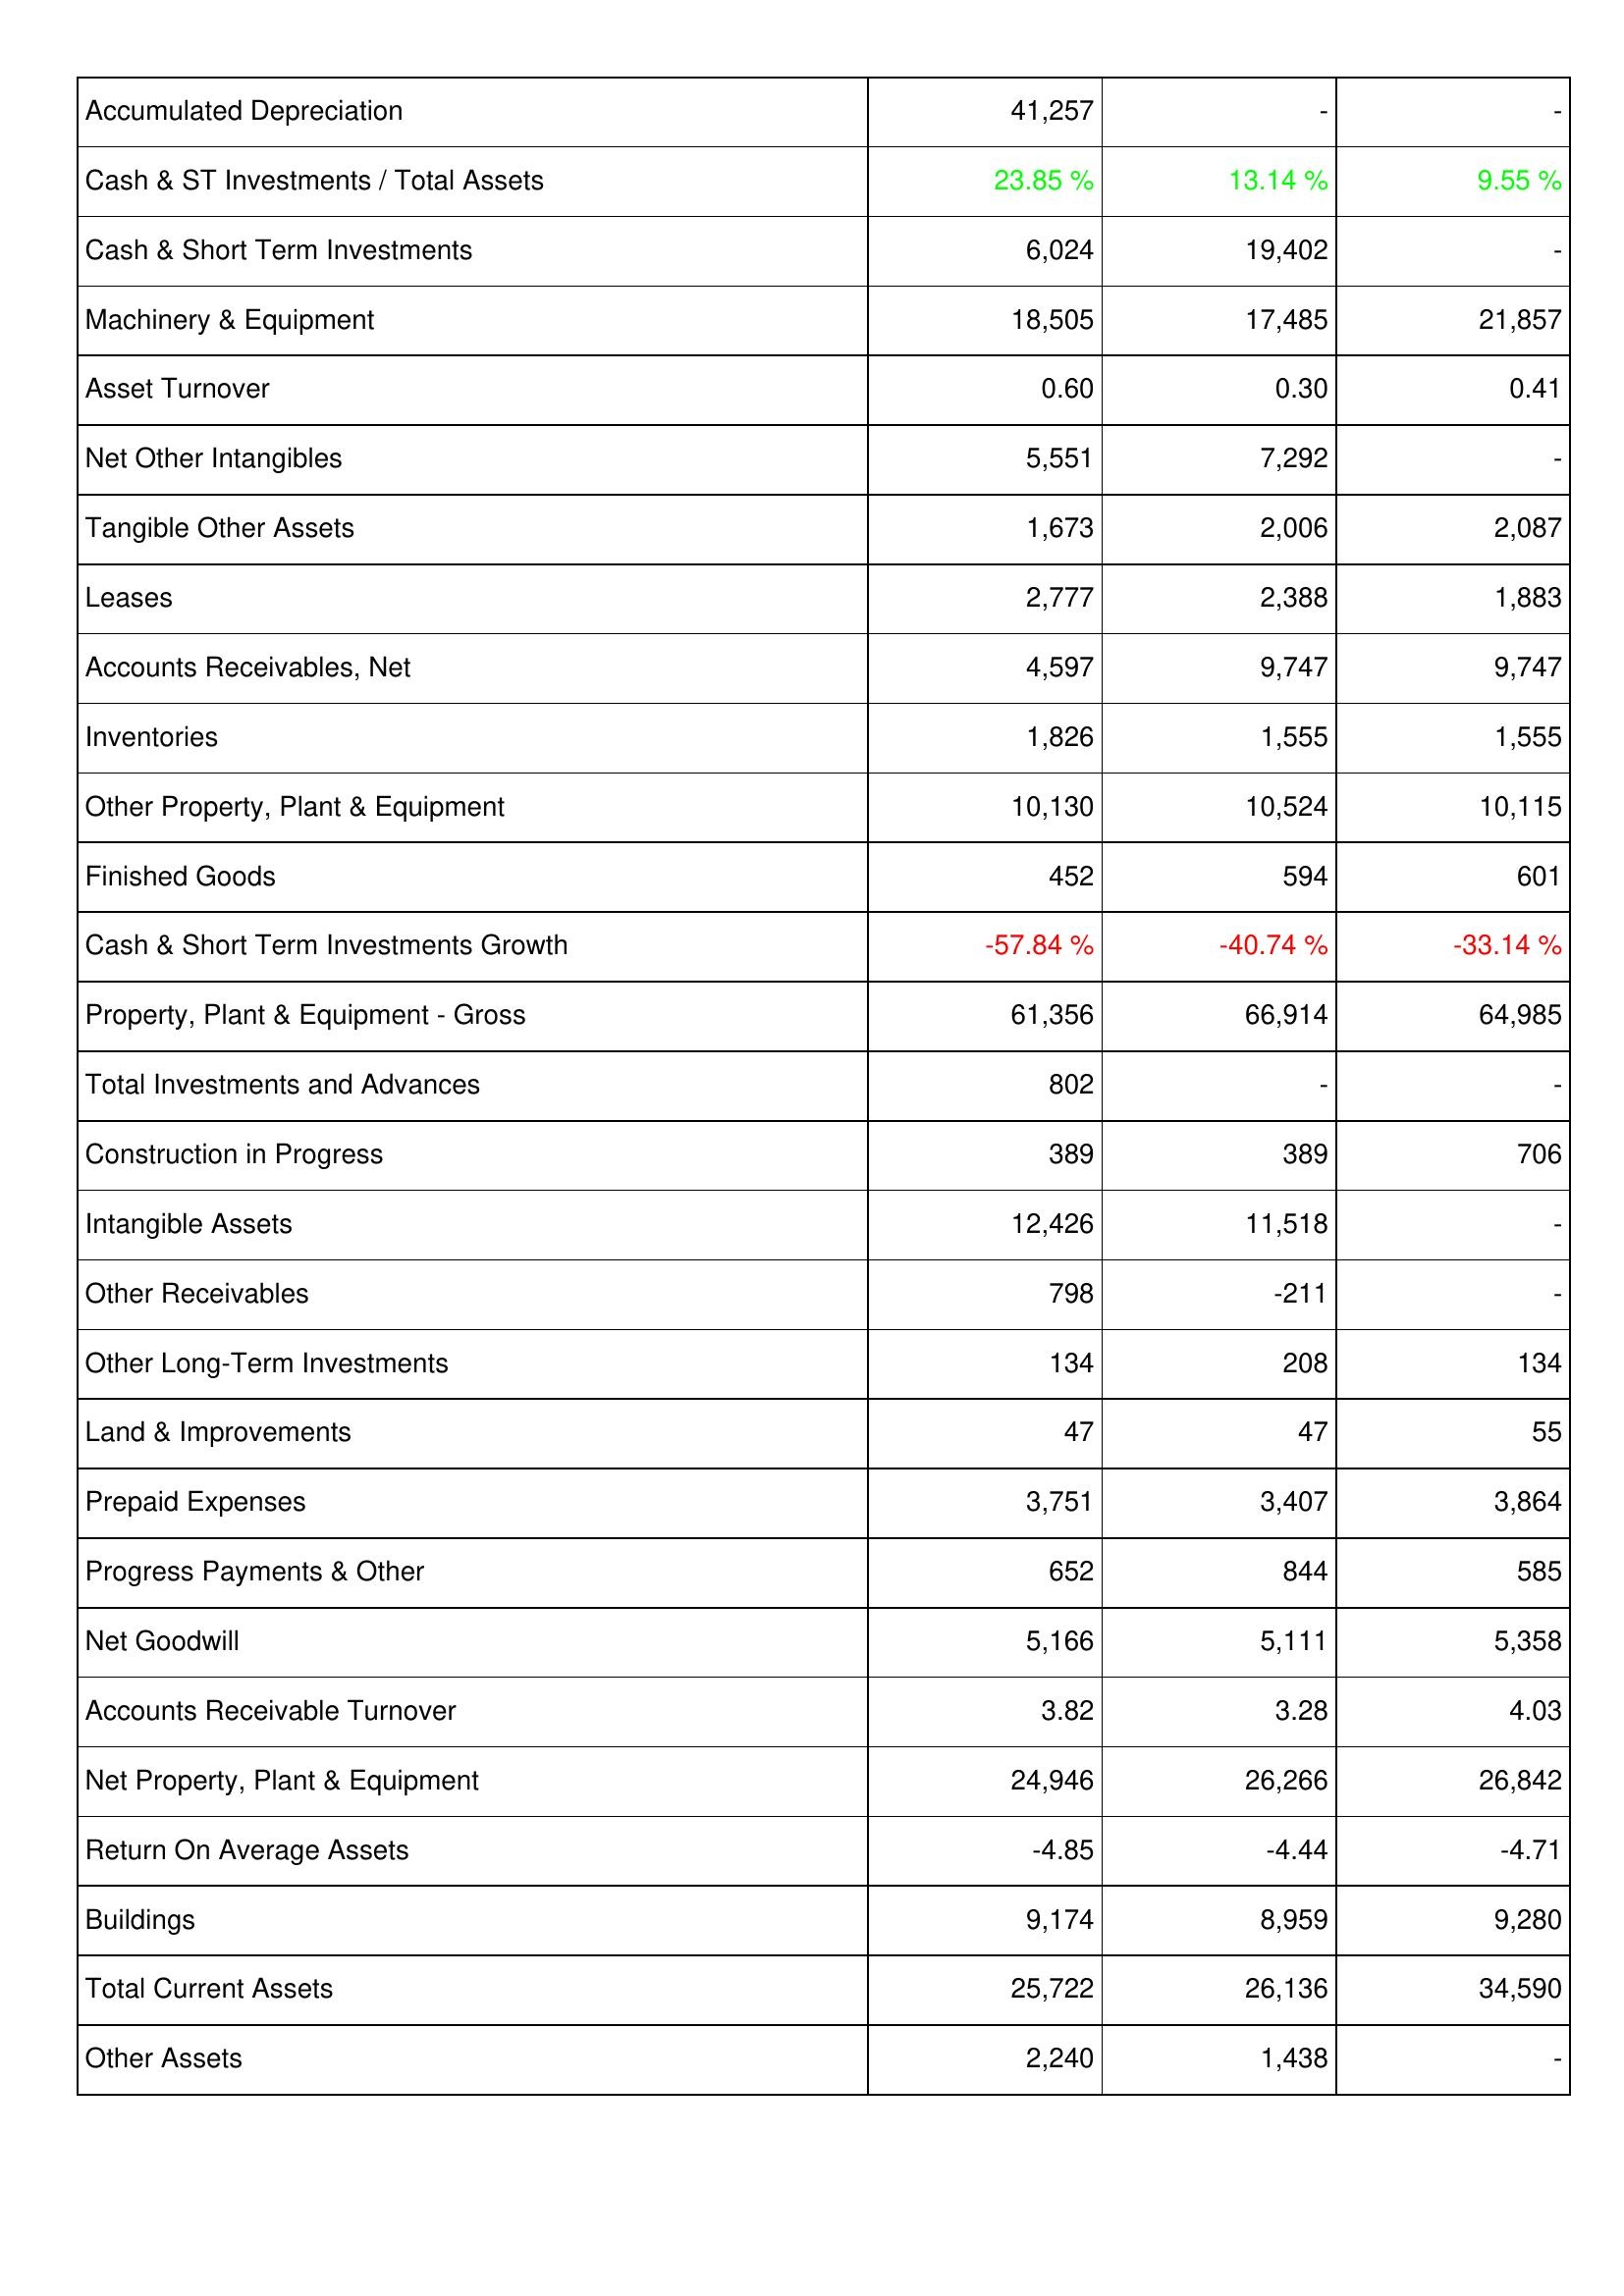
2022: Assets: Accumulated Depreciation: 41,257
Cash & ST Investments / Total Assets: 23.85 %
Cash & Short Term Investments: 6,024
Machinery & Equipment: 18,505
Asset Turnover: 0.60
Net Other Intangibles: 5,551
Tangible Other Assets: 1,673
Leases: 2,777
Accounts Receivables, Net: 4,597
Inventories: 1,826
Other Property, Plant & Equipment: 10,130
Finished Goods: 452
Cash & Short Term Investments Growth: -57.84 %
Property, Plant & Equipment - Gross: 61,356
Total Investments and Advances: 802
Construction in Progress: 389
Intangible Assets: 12,426
Other Receivables: 798
Other Long-Term Investments: 134
Land & Improvements: 47
Prepaid Expenses: 3,751
Progress Payments & Other: 652
Net Goodwill: 5,166
Accounts Receivable Turnover: 3.82
Net Property, Plant & Equipment: 24,946
Return On Average Assets: -4.85
Buildings: 9,174
Total Current Assets: 25,722
Other Assets: 2,240
2021: Assets: Accumulated Depreciation: -
Cash & ST Investments / Total Assets: 13.14 %
Cash & Short Term Investments: 19,402
Machinery & Equipment: 17,485
Asset Turnover: 0.30
Net Other Intangibles: 7,292
Tangible Other Assets: 2,006
Leases: 2,388
Accounts Receivables, Net: 9,747
Inventories: 1,555
Other Property, Plant & Equipment: 10,524
Finished Goods: 594
Cash & Short Term Investments Growth: -40.74 %
Property, Plant & Equipment - Gross: 66,914
Total Investments and Advances: -
Construction in Progress: 389
Intangible Assets: 11,518
Other Receivables: -211
Other Long-Term Investments: 208
Land & Improvements: 47
Prepaid Expenses: 3,407
Progress Payments & Other: 844
Net Goodwill: 5,111
Accounts Receivable Turnover: 3.28
Net Property, Plant & Equipment: 26,266
Return On Average Assets: -4.44
Buildings: 8,959
Total Current Assets: 26,136
Other Assets: 1,438
2020: Assets: Accumulated Depreciation: -
Cash & ST Investments / Total Assets: 9.55 %
Cash & Short Term Investments: -
Machinery & Equipment: 21,857
Asset Turnover: 0.41
Net Other Intangibles: -
Tangible Other Assets: 2,087
Leases: 1,883
Accounts Receivables, Net: 9,747
Inventories: 1,555
Other Property, Plant & Equipment: 10,115
Finished Goods: 601
Cash & Short Term Investments Growth: -33.14 %
Property, Plant & Equipment - Gross: 64,985
Total Investments and Advances: -
Construction in Progress: 706
Intangible Assets: -
Other Receivables: -
Other Long-Term Investments: 134
Land & Improvements: 55
Prepaid Expenses: 3,864
Progress Payments & Other: 585
Net Goodwill: 5,358
Accounts Receivable Turnover: 4.03
Net Property, Plant & Equipment: 26,842
Return On Average Assets: -4.71
Buildings: 9,280
Total Current Assets: 34,590
Other Assets: -